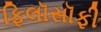
ફિલૉસૉફી